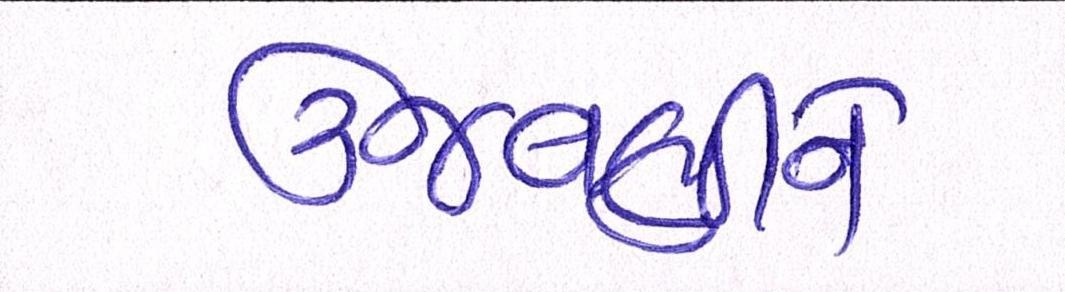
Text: ઉજવણીને